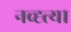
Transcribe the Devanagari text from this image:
नव्ह्त्या